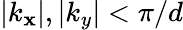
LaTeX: |k_{\mathbf{x}}|,|k_{y}|<\pi/d